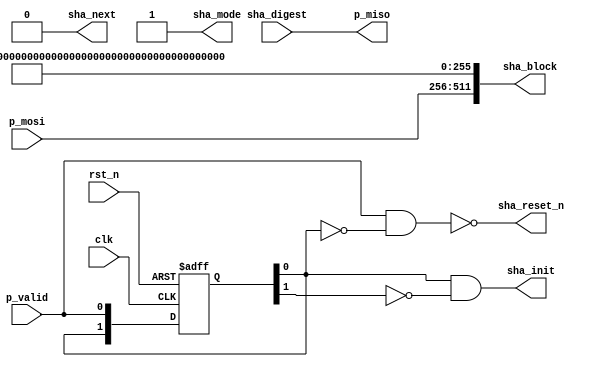
module Manager(
		clk,
		rst_n,

		p_mosi,
		p_miso,
		p_valid,

		sha_reset_n,
		sha_init,
		sha_next,
		sha_mode,
		sha_block,
		sha_digest
	);

	/* Usual inputs */
	input clk;
	input rst_n;

	/* Parallel bus */
	input [255:0] p_mosi;
	output [255:0] p_miso;
	input p_valid;

	/* IO to/from SHA-256 module */
	output sha_reset_n;
	output sha_init;
	output sha_next;
	output sha_mode;
	output [511:0] sha_block;
	input [255:0] sha_digest;

	reg [1:0] pValidPrev;

	assign p_miso = sha_digest;
	/* First cycle after rising edge of p_valid: Reset SHA-256 module */
	assign sha_reset_n = !(p_valid && !pValidPrev[0]);
	/* Second cycle after rising edge of p_valid: Init SHA-256 module */
	assign sha_init = (pValidPrev[0] && !pValidPrev[1]);
	assign sha_next = 'b0;
	assign sha_mode = 'b1;
	/* Only 32 bytes are used. The rest is set to standard SHA padding */
	assign sha_block = {p_mosi, 1'b1, 255'h100};

	always @(posedge clk or negedge rst_n) begin
		if(!rst_n) begin
			pValidPrev <= 'b11;
		end
		else begin
			/* pValidPrev[0] holds last p_valid value */
			pValidPrev[0] <= p_valid;
			/* pValidPrev[1] holds second last p_valid value */
			pValidPrev[1] <= pValidPrev[0];
		end
	end

endmodule